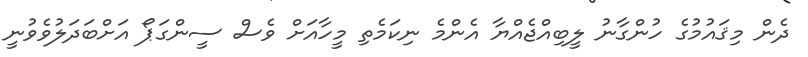
ދެން މިޤައުމުގެ ހުންގާނު ލީބިއްޖެއްޔާ އެންމެ ނިކަމެތި މީހާއަށް ވެސް ސީންގަޕޯ އަށްބަދަލުވެވުނީ